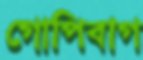
গোপিবাগ